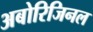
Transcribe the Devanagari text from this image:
अबोरिजिनल